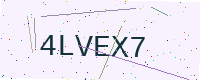
Text: 4LVEX7